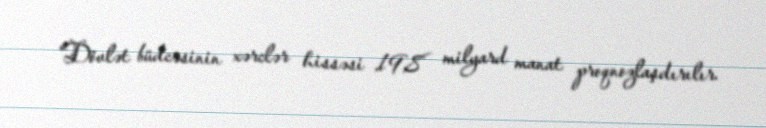
“Dövlət büdcəsinin xərclər hissəsi 19,8 milyard manat proqnozlaşdırılır.